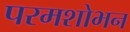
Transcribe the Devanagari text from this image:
परमशोभन